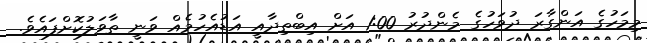
މިމަހުގެ އަންގާރަ ދުވަހުގެ މެންދުރު 1:00 އަށް އިބްތިދާއީ އަޑުއެހުމެއް ވަނީ ތާވަލުކޮށްފައެވެ.